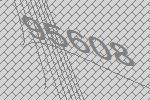
95608